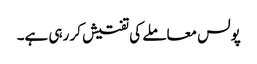
پولس معاملے کی تفتیش کر رہی ہے۔